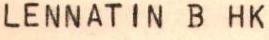
LENNATIN B HK